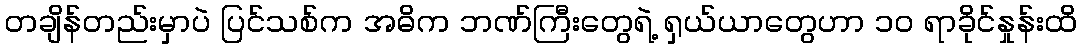
တချိန်တည်းမှာပဲ ပြင်သစ်က အဓိက ဘဏ်ကြီးတွေရဲ့ ရှယ်ယာတွေဟာ ၁၀ ရာခိုင်နှုန်းထိ